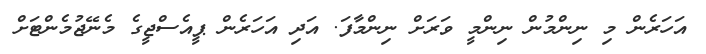
އަހަރެން މި ނިންމުން ނިންމީ ވަރަށް ނިންމާފަ. އަދި އަހަރެން ޕީއެސްޖީގެ މެނޭޖުމެންޓަށް